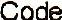
CODE